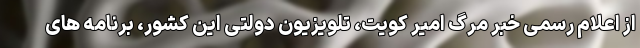
از اعلام رسمی خبر مرگ امیر کویت، تلویزیون دولتی این کشور، برنامه های